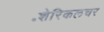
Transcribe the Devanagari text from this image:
॰शेरिकलचर